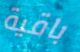
باقية